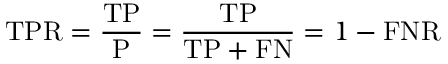
\mathrm { T P R } = { \frac { \mathrm { T P } } { \mathrm { P } } } = { \frac { \mathrm { T P } } { \mathrm { T P } + \mathrm { F N } } } = 1 - \mathrm { F N R }